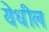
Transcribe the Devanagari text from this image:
येधील